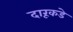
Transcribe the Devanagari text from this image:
दारूकडे